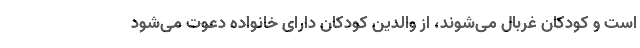
است و کودکان غربال می‌شوند، از والدین کودکان دارای خانواده دعوت می‌شود